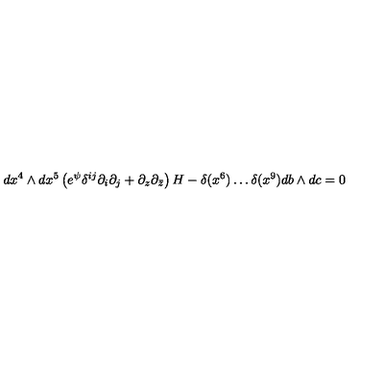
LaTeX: d x ^ { 4 } \wedge d x ^ { 5 } \left( e ^ { \psi } \delta ^ { i j } \partial _ { i } \partial _ { j } + \partial _ { z } \partial _ { \bar { z } } \right) H - \delta ( x ^ { 6 } ) \ldots \delta ( x ^ { 9 } ) d b \wedge d c = 0